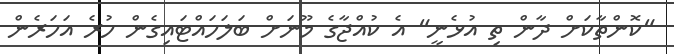
"ކޮންތާކަށް ދާން ތި އުޅެނީ" އެ ކުއްޖާގެ މޫނަށް ބަލަހައްޓައިގެން ހުރެ އަހަރެން